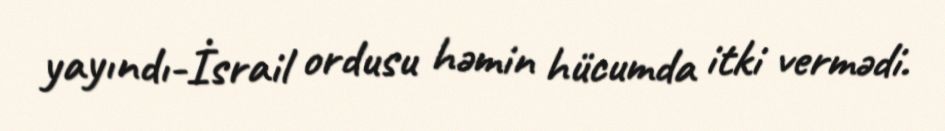
yayındı-İsrail ordusu həmin hücumda itki vermədi.